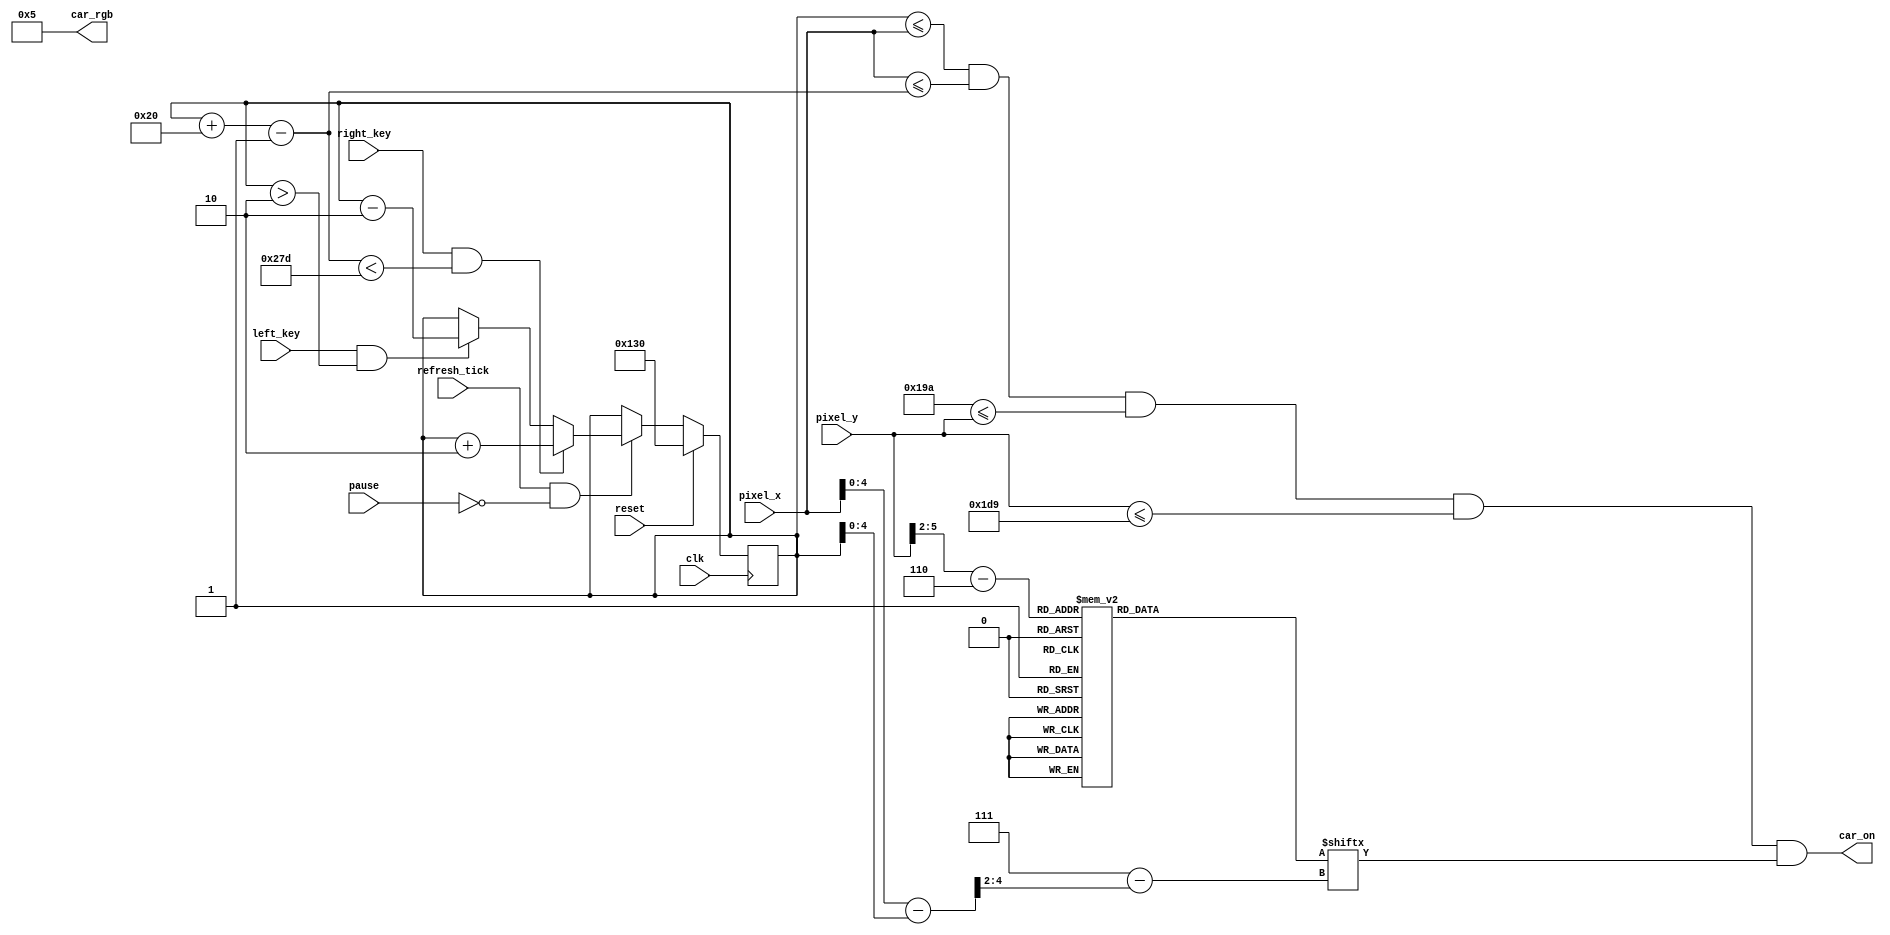
`timescale 1ns / 1ps
//////////////////////////////////////////////////////////////////////////////////
// Company: 
// 
// Design Name: 
// Module Name: car
// Project Name: 
// Target Devices: 
// Tool Versions: 
// Description: 
// 
// Dependencies: 
// 
// Revision:
// Revision 0.01 - File Created
// Additional Comments:
// 
//////////////////////////////////////////////////////////////////////////////////


module car(
input wire clk, reset, refresh_tick,
input wire left_key, right_key, pause,
input wire [9:0] pixel_x, pixel_y,
output wire car_on,
output wire [11:0] car_rgb
);

//variables 
//square canvas for the road 
localparam MAX_X = 640;
localparam MAX_Y = 480;
localparam CAR_MAX_X = 32;
localparam CAR_MAX_Y = 64;
localparam car_y_t = 410;
localparam car_y_b = car_y_t + CAR_MAX_Y-1;
localparam CAR_VELOCITY = 3'd02;


wire [3:0] car_rom_addr; //16 lines
wire [2:0] car_rom_col; //8 lines
reg [0:7] car_rom_data; //8 bit data length
wire car_rom_bit, canvas_on;
reg [9:0] car_x_l = 304;
wire [9:0] car_x_r;

assign car_rgb = 12'h005; //car color
assign canvas_on =  (car_x_l<=pixel_x) && (pixel_x<=car_x_r)
                && (car_y_t <= pixel_y) && (pixel_y<=car_y_b);
//Car is 2X the size of bitmap
assign car_rom_addr = pixel_y[5:2] - car_y_t[5:2];
//can't ignore bit 0,1 like the line above
assign car_rom_col = (pixel_x - car_x_l)>>2; 
assign car_rom_bit = car_rom_data[car_rom_col];
assign car_on = canvas_on & car_rom_bit;
assign car_x_r = car_x_l + CAR_MAX_X-1;


//movement
always @(posedge clk)
begin
if (reset)
    begin
    car_x_l <= 304;
    end
else if (refresh_tick & !pause)
    begin
    if (right_key & (car_x_r < (MAX_X-1-CAR_VELOCITY)))
        begin
        car_x_l <= car_x_l + CAR_VELOCITY; // move right
        end
    else if (left_key & (car_x_l > CAR_VELOCITY))
        begin
        car_x_l <= car_x_l - CAR_VELOCITY; // move left 
        end
     end  
       
end

//the car bitmap
always @*
  case(car_rom_addr)
    4'h0: car_rom_data = 8'b00000000; // 0
    4'h1: car_rom_data = 8'b00000000; // 1
    4'h2: car_rom_data = 8'b00000000; // 2
    4'h3: car_rom_data = 8'b00011000; // 3
    4'h4: car_rom_data = 8'b00111100; // 4
    4'h5: car_rom_data = 8'b10111101; // 5
    4'h6: car_rom_data = 8'b11111111; // 6
    4'h7: car_rom_data = 8'b10111101; // 7
    4'h8: car_rom_data = 8'b00111100; // 8
    4'h9: car_rom_data = 8'b00111100; // 9
    4'ha: car_rom_data = 8'b00111100; // a
    4'hb: car_rom_data = 8'b11111111; // b
    4'hc: car_rom_data = 8'b11111111; // c
    4'hd: car_rom_data = 8'b11111111; // d
    4'he: car_rom_data = 8'b00111100; // e
    4'hf: car_rom_data = 8'b00011000; // f
endcase

endmodule